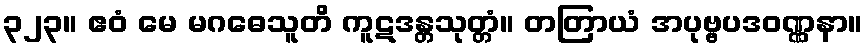
၃၂၃။ ဧဝံ မေ မဂဓေသူတိ ကူဋဒန္တသုတ္တံ။ တတြာယံ အပုဗ္ဗပဒဝဏ္ဏနာ။